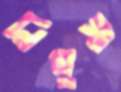
নিথুয়া